Madras plague regulations in force outside the Presidency town - Volume 2
Disease focus: Plague
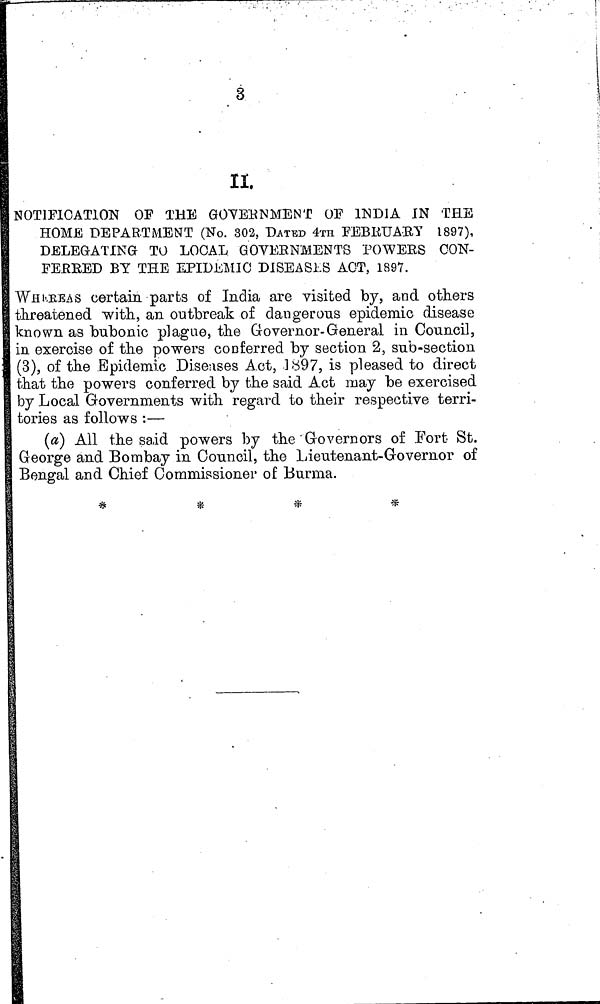
3
II.
NOTIFICATION OF THE GOVERNMENT OF INDIA IN THE
HOME DEPARTMENT (No. 302, DATED 4ra FEBKUAEY 1897),
DELEGATING TO LOCAL GOVERNMENTS POWERS CON-
FEßEED BY THE EPIDEMIC DISEASES ACT, 1897.
"WHEREAS certain parts of India are visited by, and others
threatened with, an outbreak of dangerous epidemic disease
known as bubonic plague, the Governor-General in Council,
in exercise of the powers conferred by section 2, sub-section
(3), of the Epidemic Diseases Act, 1897, is pleased to direct
that the powers conferred by the said Act may be exercised
by Local Governments with regard to their respective terri-
tories as follows :—
(a) All the said powers by the Governors of Fort St.
G-eorge and Bombay in Council, the Lieutenant-Governor of
Bengal and Chief Commissioner of Burma.
*
*
*
*